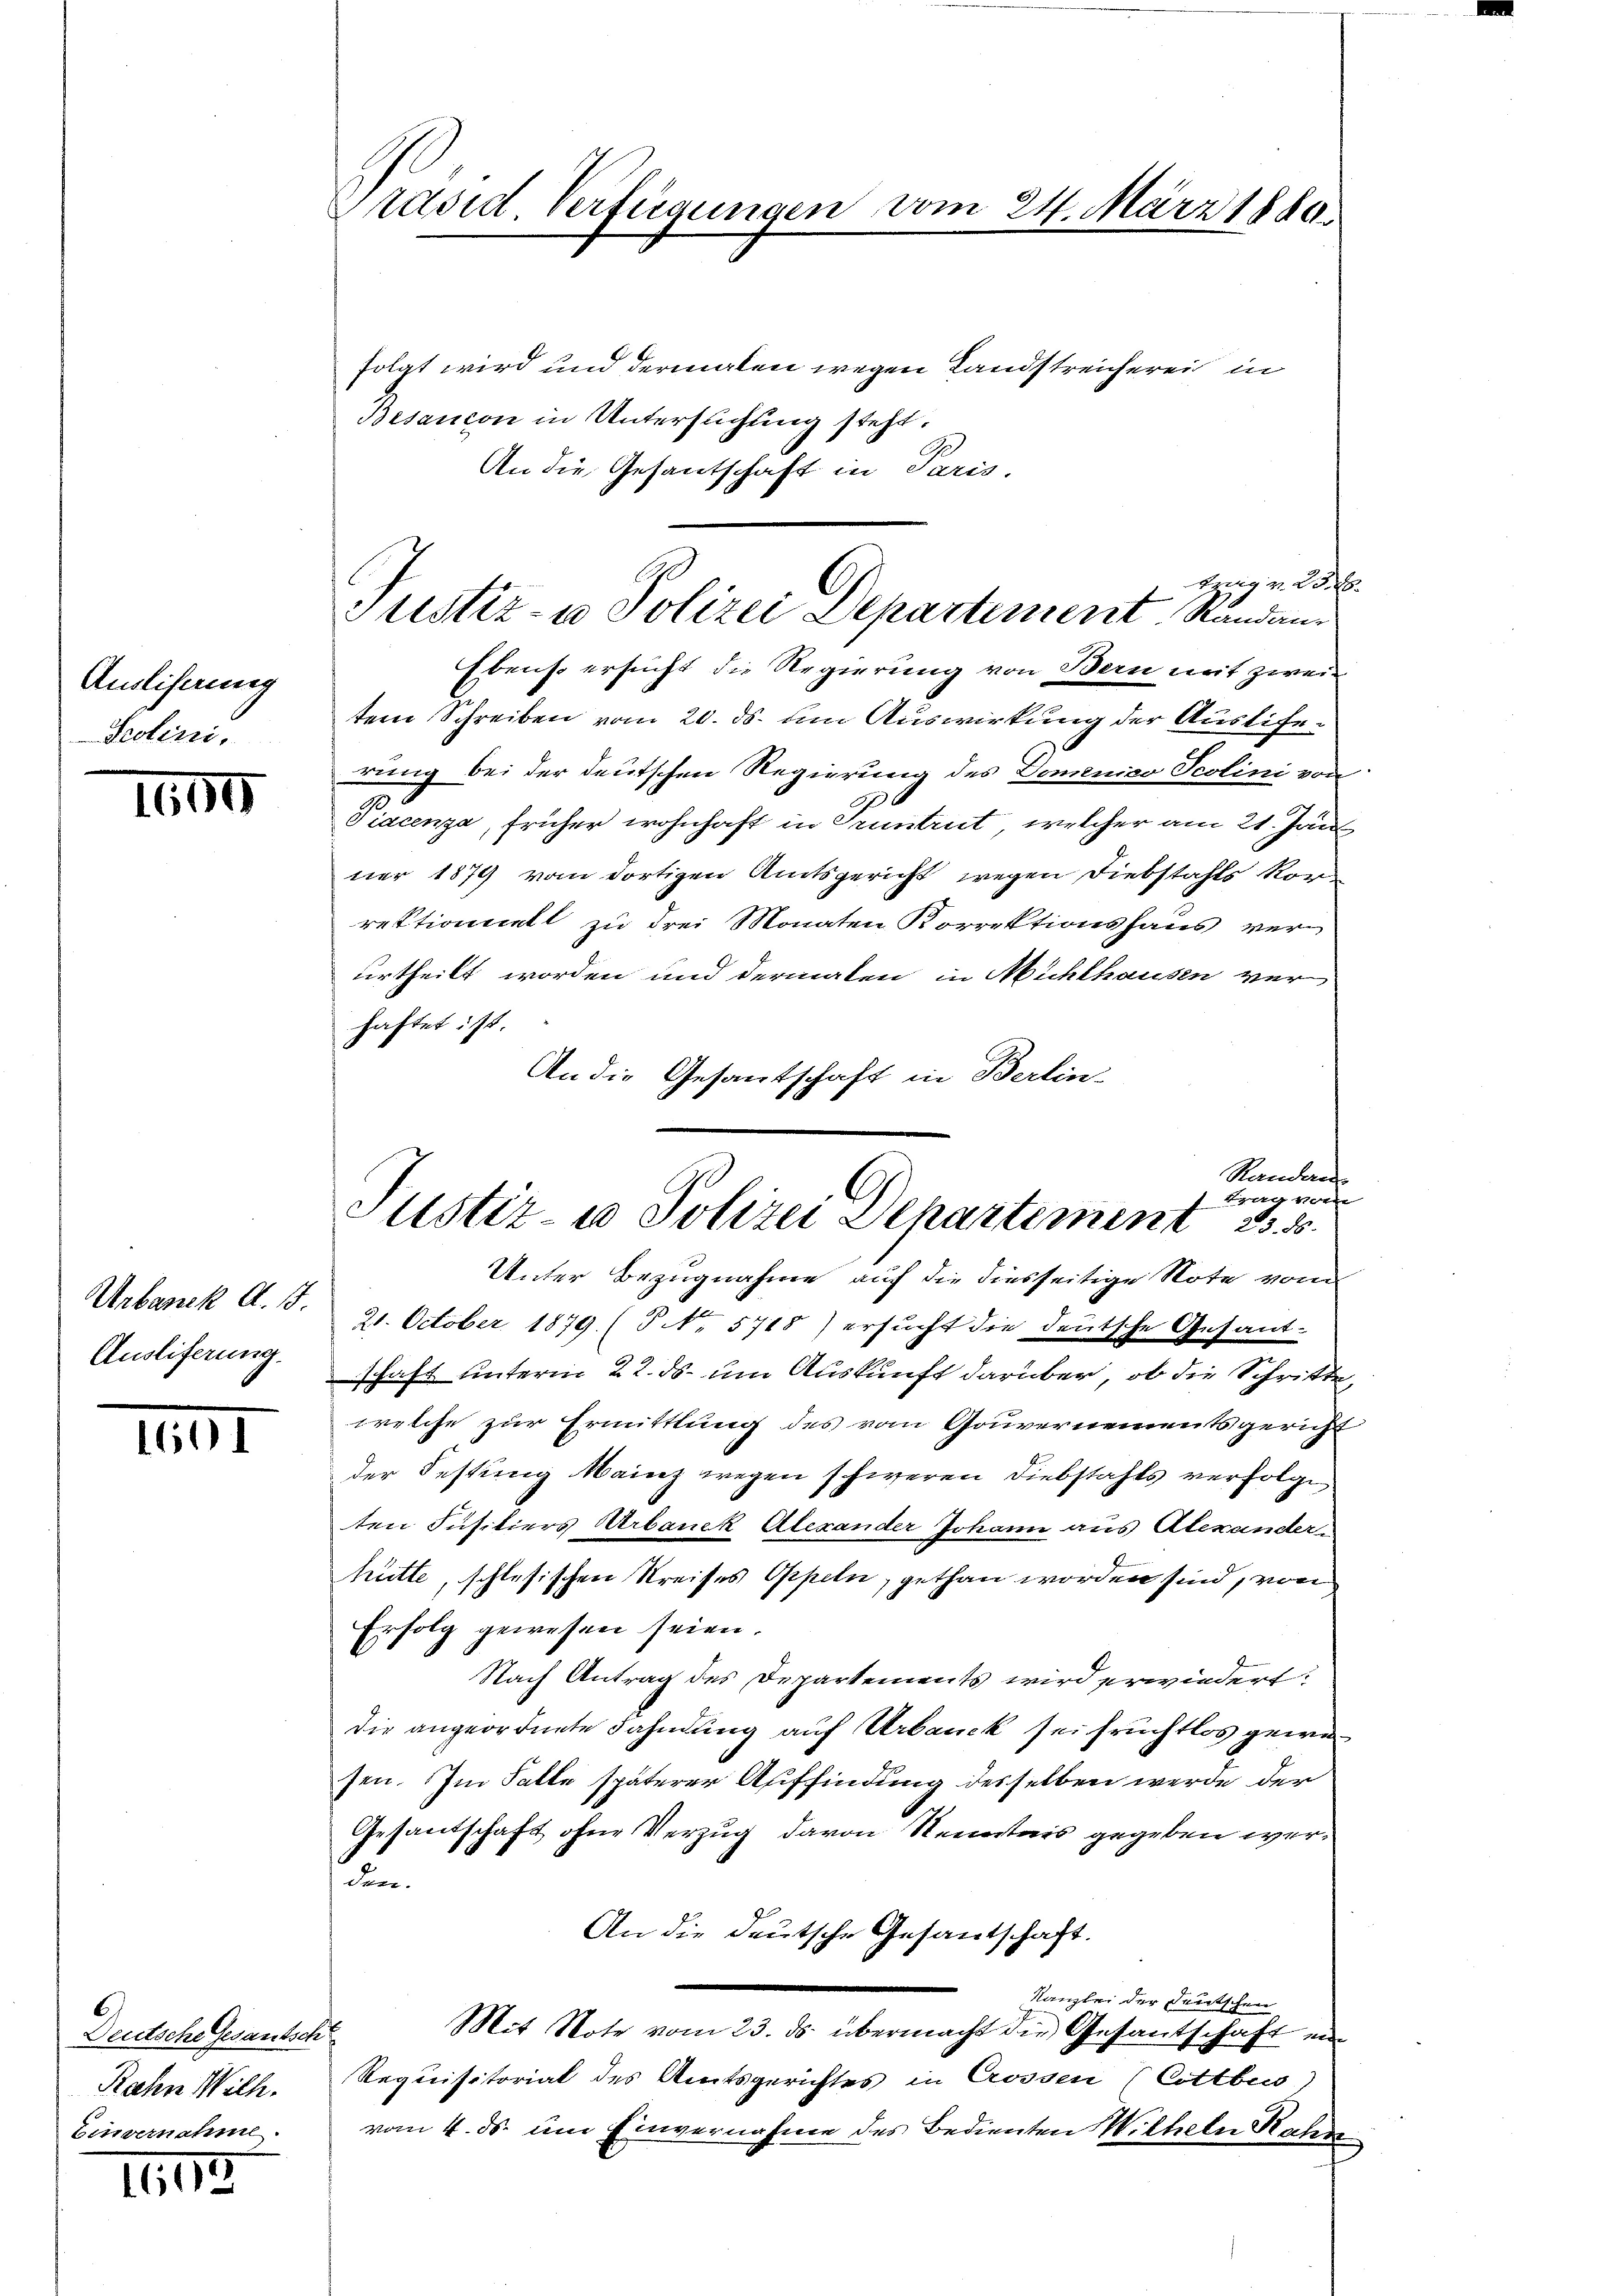
Auslihaung
Prolini,

1

Urbanek A. B.
Ausliferung.

1

Deutsche Gesantsch
Rahn Wilh.
Einvernahme

II

Präsid. Verfügungen vom 24. März 1880.

tzug v. 25. 28.
Justiz- u Polizei Departement Standan
Ebenso ersucht die Regierung von Bern mit zwei¬

Justiz- u Polizei Departement

folgt wird und dermalen wegen Landstreicherei in
Besancon in Untersuchung steht.
An die Gesantschaft in Paris.
tem Schreiben vom 20. ds. um Auswirkung der Ausliferung bei der deutschen Regierung des Domenico Scolini von
Piacenza, früher wohnhaft in Pruntrut, welcher am 21. Jän
ner 1879 vom dortigen Amtsgericht wegen Diebstahls Korrektionell zu drei Monaten Korrektionshaus verurtheilt worden und dermalen in Nichthausen ver-
haftet ist.
An die Gesantschaft in Berlin-
Randan
d
Unter Bezugnahme auf die diesseitige Note vom
21. October 1879. (§ 5718) ersucht die deutsche Gesandschaft unterm 22. ds. um Auskunft darüber, ob die Schritte
welche zur Ermittlung des vom Gouvernements gericht
der Festung Mainz wegen schweren Diebstahls verfolge
ten Jusitiers Urbanek Alexander Johann aus Alexander-
hütte, schlesischen Kreises Oppeln, gethan worden sind, von
Erfolg gewesen seien.
Nach Antrag des Departements wird erwiedert:
die angeordnete Fahndung auf Urbanck sei fruchtlos gewe
sen. Im Falle späterer Auffindung desselben werde der
Gesantschaft ohne Verzug davon Kenntnis gegeben werden.
An die deutsche Gesantschaft.
Kanzlei der Deutschen
Mit Note vom 23. ds. übermacht die Gesantschaft ein
f
Requisitoriat des Amtsgerichtes in Crossen Cottbus)
vom 4. ds. um Einvernahme des Bedienten Mitheln Rahn